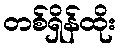
တစ်ရှိန်ထိုး